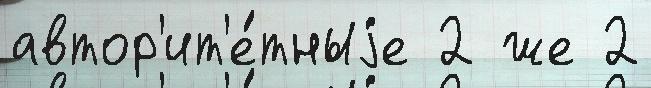
автор'ит'е́тныjе 2 же 2